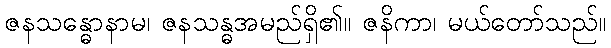
ဇနသန္ဓောနာမ၊ ဇနသန္ဓအမည်ရှိ၏။ ဇနိကာ၊ မယ်တော်သည်။